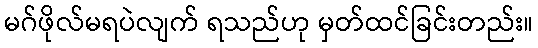
မဂ်ဖိုလ်မရပဲလျက် ရသည်ဟု မှတ်ထင်ခြင်းတည်း။